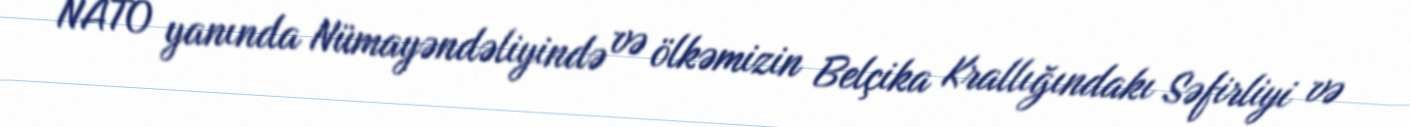
NATO yanında Nümayəndəliyində və ölkəmizin Belçika Krallığındakı Səfirliyi və